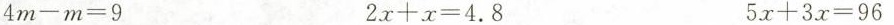
$$4 m - m = 9$$ $$2 x + x = 4 . 8 $$ $$5 x + 3 x = 9 6$$